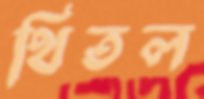
থিতল